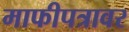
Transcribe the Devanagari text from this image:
माफीपत्रावर